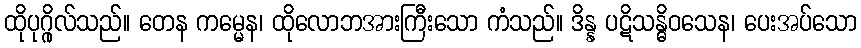
ထိုပုဂ္ဂိုလ်သည်။ တေန ကမ္မေန၊ ထိုလောဘအားကြီးသော ကံသည်။ ဒိန္န ပဋိသန္ဓိဝသေန၊ ပေးအပ်သော